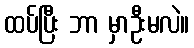
ထပ်ပြီး ဘာ မှာဦးမလဲ။